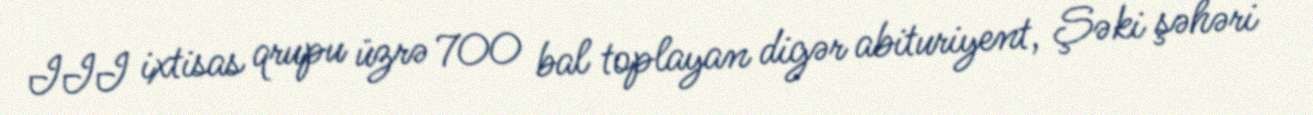
III ixtisas qrupu üzrə 700 bal toplayan digər abituriyent, Şəki şəhəri